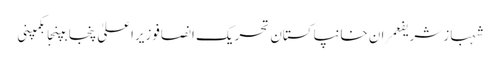
شہباز شریفعمران خانپاکستان تحریک انصافوزیراعلیٰ پنجابپنجابکمپنی